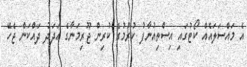
އެ މައްސަލައެއް ކޯޓުގައި އިސްތިއުނާފު ކުރުމުގެ ކުރިން ޖޫރިމަނާގެ އަދަދު ދައްކަން ޖެހޭ